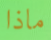
ماذا